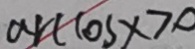
\arccos x 7 0